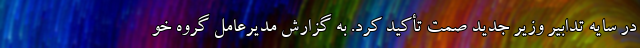
در سايه تدابير وزير جديد صمت تأكيد كرد. به گزارش مدیرعامل گروه خو